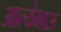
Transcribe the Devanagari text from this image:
आत्येभाऊ